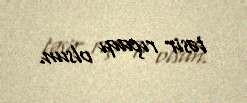
təsir rıçaqı olsun.